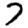
Digit: 7